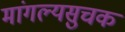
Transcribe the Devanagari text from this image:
मांगल्यसुचक